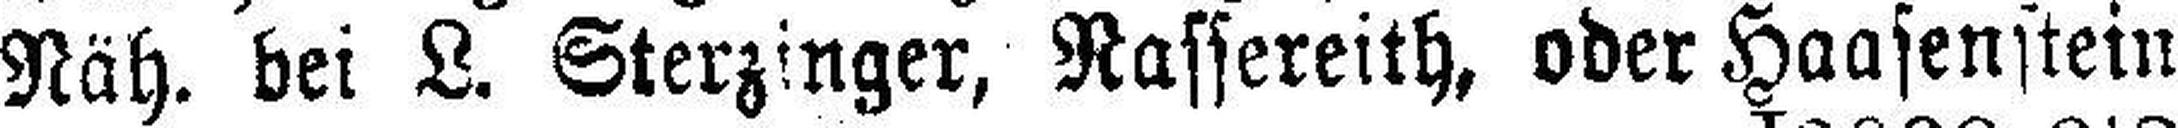
Näh. bei L. Sterzinger, Rassereith, oder Haasenstein